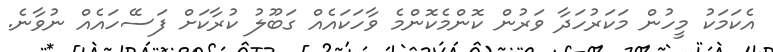
އެކަމަކު މީހުން މަކަރުހަދާ ވަރުން ކޮންމެކޮންމެ ވާހަކައެއް ގަބޫލު ކުރާކަށް ފަސޭހައެއް ނުވާނެ.